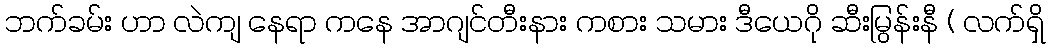
ဘက်ခမ်း ဟာ လဲကျ နေရာ ကနေ အာဂျင်တီးနား ကစား သမား ဒီယေဂို ဆီးမြွန်းနီ ( လက်ရှိ